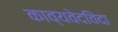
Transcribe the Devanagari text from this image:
काव्यवेदविंदा